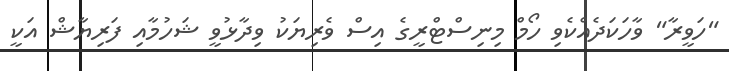
"ހަވީރާ" ވާހަކަދެއްކެވި ހޯމް މިނިސްޓްރީގެ އިސް ވެރިޔަކު ވިދާޅުވީ ޝަހުމާއި ފަރިޔާޝް އަކީ